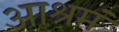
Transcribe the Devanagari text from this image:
आश्रमं